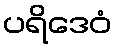
ပရိဒေဝံ